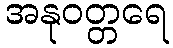
အနုဝတ္တရေ